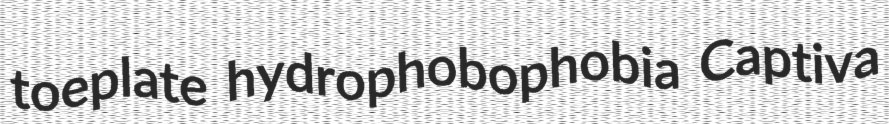
toeplate hydrophobophobia Captiva